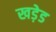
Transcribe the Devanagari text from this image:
खड़ेड